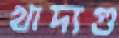
খাদ্যগু